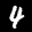
Label: 4